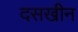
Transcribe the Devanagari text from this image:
दसखीन